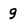
Character: g